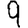
Digit: 9